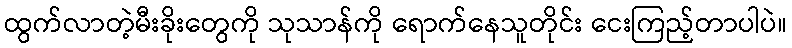
ထွက်လာတဲ့မီးခိုးတွေကို သုသာန်ကို ရောက်နေသူတိုင်း ငေးကြည့်တာပါပဲ။